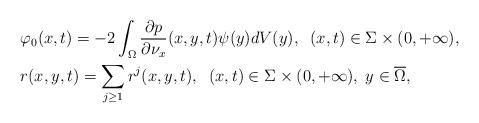
LaTeX: \begin{align*}&\varphi _0(x,t)=-2\int_\Omega \frac{\partial p}{\partial \nu _x}(x,y,t)\psi (y)dV(y),\;\; (x,t)\in \Sigma \times (0,+\infty ),\\&r(x,y,t)=\sum_{j\geq 1} r^j(x,y,t),\;\; (x,t)\in \Sigma \times (0,+\infty ),\; y\in \overline{\Omega},\end{align*}